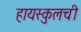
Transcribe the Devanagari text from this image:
हायस्कुलची